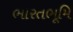
ભારતભૂમિ